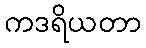
ကဒရိယတာ